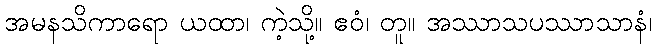
အမနသိကာရော ယထာ၊ ကဲ့သို့။ ဧဝံ၊ တူ။ အဿာသပဿာသာနံ၊